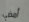
أمضي